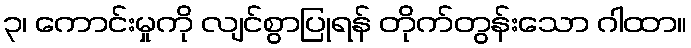
၃၊ ကောင်းမှုကို လျင်စွာပြုရန် တိုက်တွန်းသော ဂါထာ။